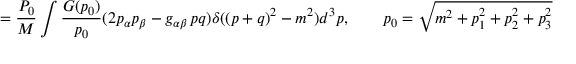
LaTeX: = \frac { P _ { 0 } } M \int \frac { G ( p _ { 0 } ) } { p _ { 0 } } ( 2 p _ { \alpha } p _ { \beta } - g _ { \alpha \beta } \, p q ) \delta ( ( p + q ) ^ { 2 } - m ^ { 2 } ) d ^ { 3 } p , \qquad p _ { 0 } = \sqrt { m ^ { 2 } + p _ { 1 } ^ { 2 } + p _ { 2 } ^ { 2 } + p _ { 3 } ^ { 2 } }